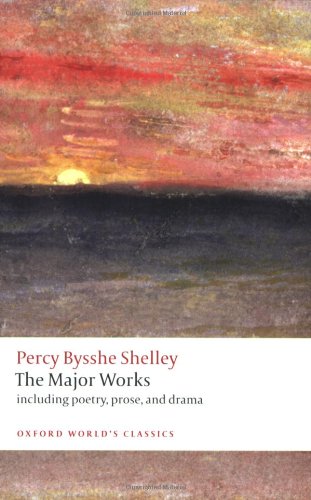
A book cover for The Major Works (Oxford World's Classics); Percy Bysshe Shelley; Literature & Fiction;